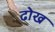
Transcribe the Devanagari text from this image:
ढोख